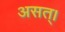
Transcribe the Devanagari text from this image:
असत्।